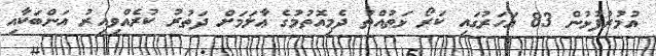
އުމުރުފުޅުން 83 އަހަރުގައި ކަރޯ ޅަތުއްތު ދެމިއޮތުމުގެ ޢާލަމަށް ދަތުރު ކުރެއްވިއިރު އަންބަކާއި